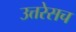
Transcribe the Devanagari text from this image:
उत्तरेसच